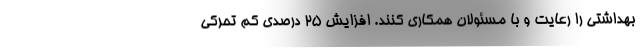
بهداشتی را رعایت و با مسئولان همکاری کنند. افزایش 25 درصدی کم تحرکی